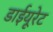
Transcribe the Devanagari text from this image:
डाईयूरेट